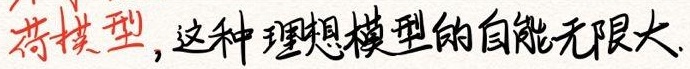
荷模型，这种理想模型的自能无限大.